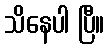
သိနေပါ ပြီ။